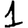
Digit: 1